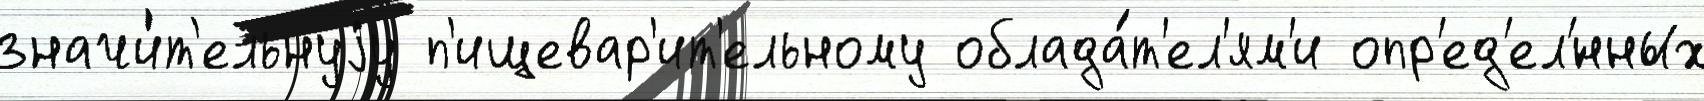
значи́т'ельнуjу п'ищевар'ит'ельному облада́т'ел'ям'и опр'ед'ел'́нных